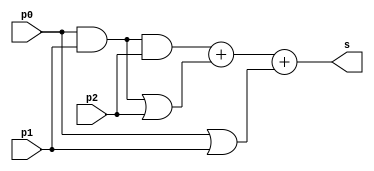
module convcomp32(s,p2,p1,p0);
output wire [2:0]s;
input p2,p1,p0;
wire w1,w2,w3,w4;
assign w1 = p0&p1&p2;
assign w2 = p1&p0;
assign w3 = w2|p2;
assign w4= p0|p1;
assign s = w1+w3+w4;
endmodule